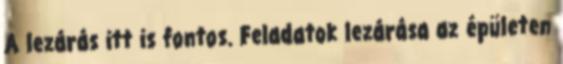
A lezárás itt is fontos. Feladatok lezárása az épületen